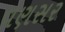
વણસર